65_HS1-834228961_62-HQ-83894_Serial_449
Agency: FBI
Page 11
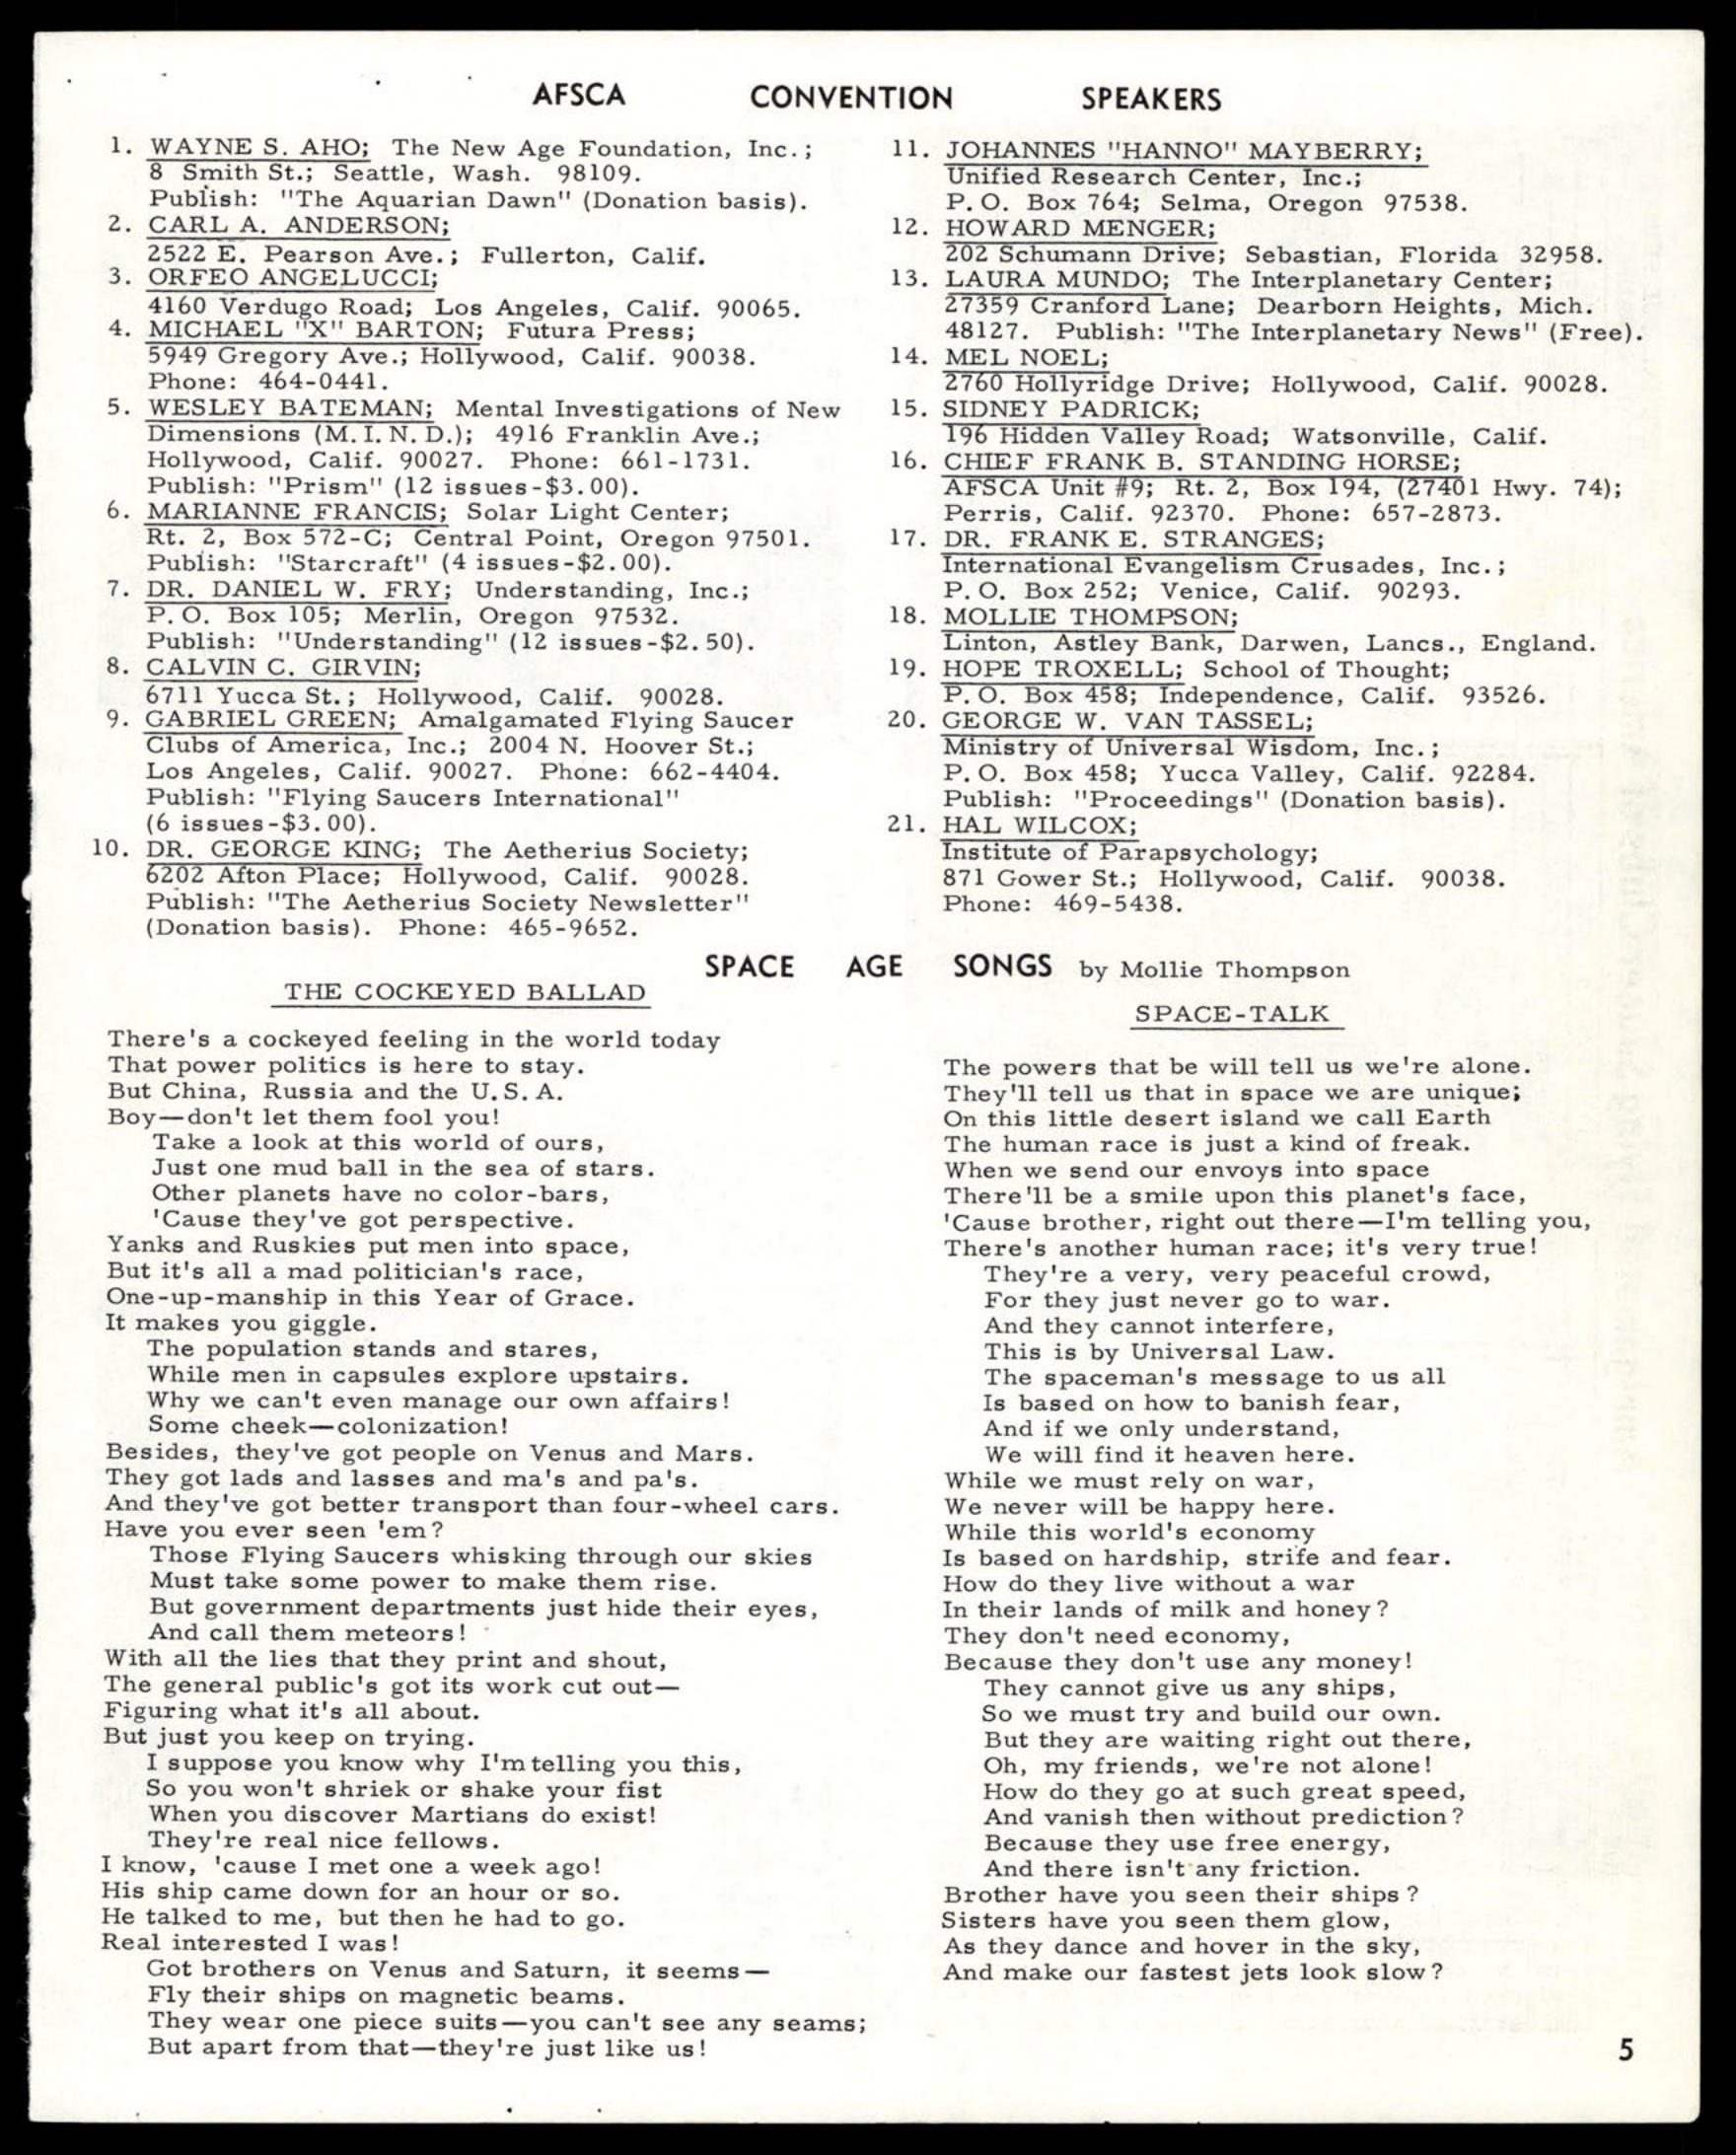